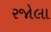
રજોલા